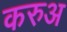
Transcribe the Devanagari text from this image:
करुअ